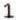
1